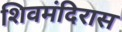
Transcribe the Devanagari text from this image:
शिवमंदिरास